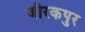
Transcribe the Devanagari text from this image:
जीरकपुर